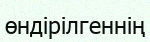
өндірілгеннің